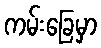
ကမ်းခြေမှာ